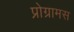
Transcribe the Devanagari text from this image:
प्रोग्रामस